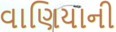
વાણિયાની